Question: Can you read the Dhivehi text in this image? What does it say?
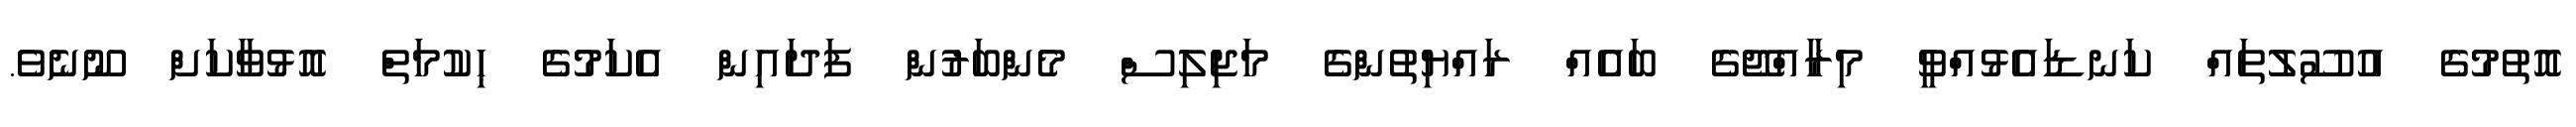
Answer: އޮތުމުގެ އުސޫލުތައް ކަނޑައެޅުއްވީ މިރާއްޖޭގެ ބައެއް ރައްޔިތުންގެ މަޖިލިސް މެންބަރުން ފަދައިން އެކަމުގެ ޙިކުމަތް އޮޅުވާކަށް ނޫނެވެ.